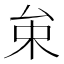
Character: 𠫩